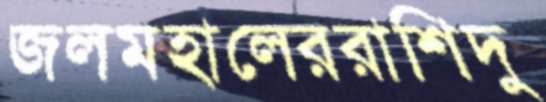
জলমহালেররাশিদু